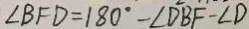
\angle B F D = 1 8 0 ^ { \circ } - \angle D B F - \angle D